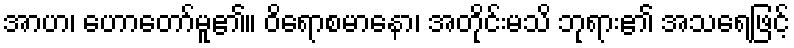
အာဟ၊ ဟောတော်မူ၏။ ဝိရောစမာနော၊ အတိုင်းမသိ ဘုရား၏ အသရေဖြင့်